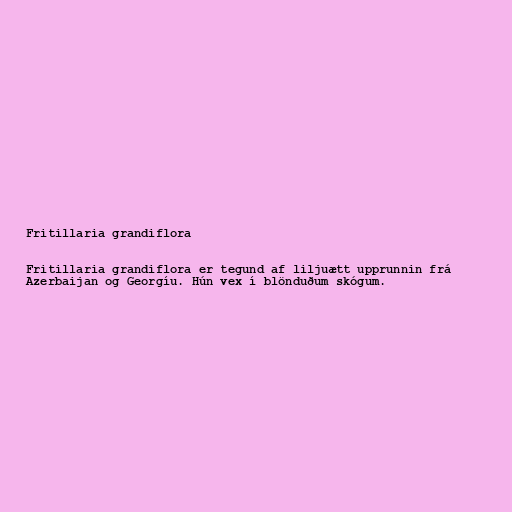
Fritillaria grandiflora

Fritillaria grandiflora er tegund af liljuætt upprunnin frá
Azerbaijan og Georgíu. Hún vex í blönduðum skógum.